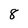
Character: 8